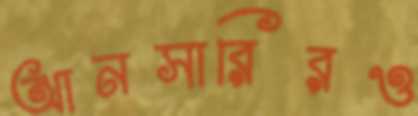
আনসারিরও